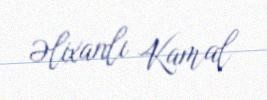
Əlixanlı Kamal